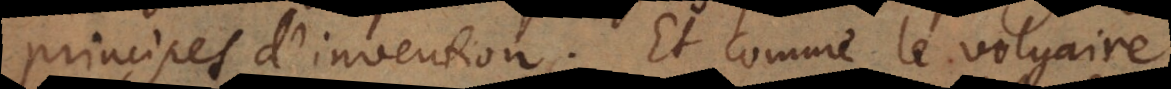
principes d’invention. Et comme le vulgaire